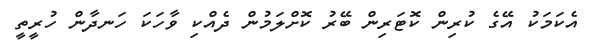
އެކަމަކު އޭގެ ކުރިން ކޮޓަރިން ބޭރު ކޮށްލަމުން ދެއްކި ވާހަކަ ހަނދާން ހުރީތީ